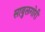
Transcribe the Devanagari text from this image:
सावुलगोरी